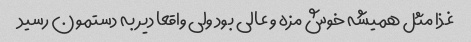
غذا مثل همیشه خوش مزه و عالی بود ولی واقعا دیر به دستمون رسید